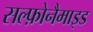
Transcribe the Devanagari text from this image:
सल्फ़ोनैमाइड